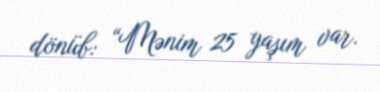
dönüb: “Mənim 25 yaşım var.